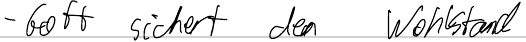
- Gott sichert den Wohlstand